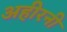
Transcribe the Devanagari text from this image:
अहीरनी